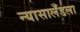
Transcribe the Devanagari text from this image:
न्यासालँडला